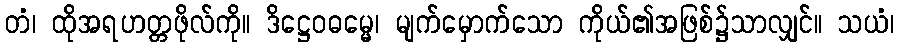
တံ၊ ထိုအရဟတ္တဖိုလ်ကို။ ဒိဋ္ဌေဝဓမ္မေ၊ မျက်မှောက်သော ကိုယ်၏အဖြစ်၌သာလျှင်။ သယံ၊